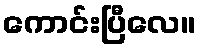
ကောင်းပြီလေ။